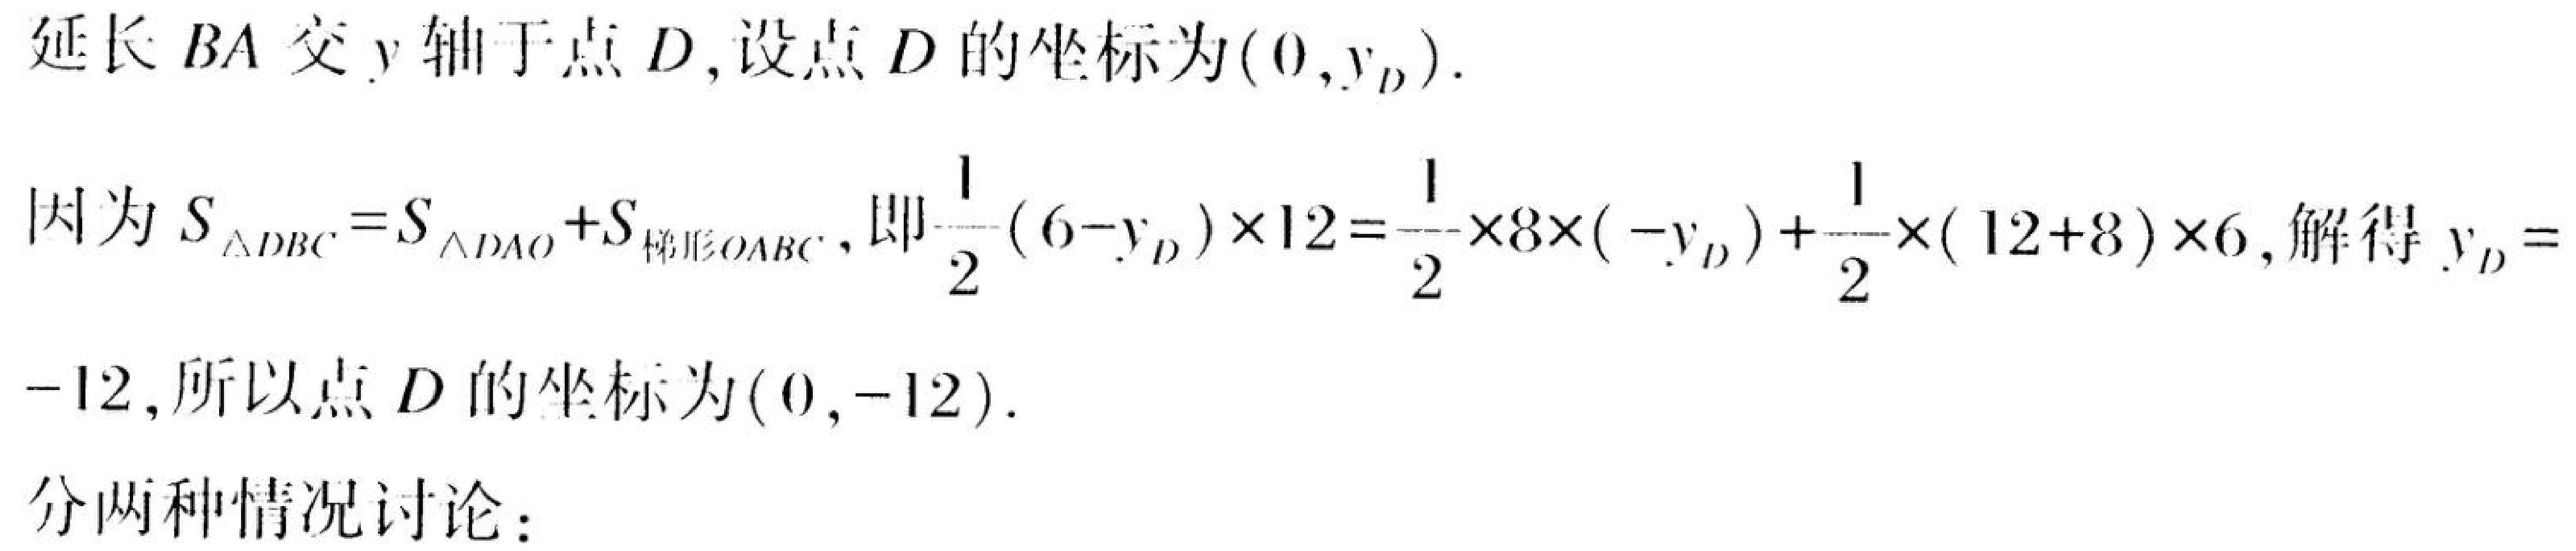
延长 \(BA\) 交 \(y\) 轴于点 \(D\),设点 \(D\) 的坐标为\((0,y_{D})\).

因为 \(S_{\triangle DBC}=S_{\triangle DAO}+S_{梯形OABC}\), 即\(\frac{1}{2}(6 - y_{D})\times12=\frac{1}{2}\times8\times(-y_{D})+\frac{1}{2}\times(12 + 8)\times6\), 解得 \(y_{D}=
-12\),所以点 \(D\) 的坐标为\((0,-12)\).

分两种情况讨论：